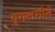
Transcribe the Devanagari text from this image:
युगलगीते